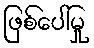
ဖြစ်ပေါ်မှု